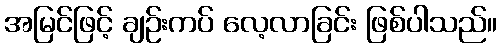
အမြင်ဖြင့် ချဉ်းကပ် လေ့လာခြင်း ဖြစ်ပါသည်။